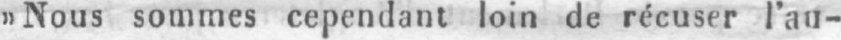
»Nous sommes cependant loin de récuser l’au-